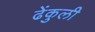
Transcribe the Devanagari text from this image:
ढेंकुली